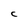
Character: C